Vital statistics of India. Vol. VI, European troops 1870-79
Year: 1870
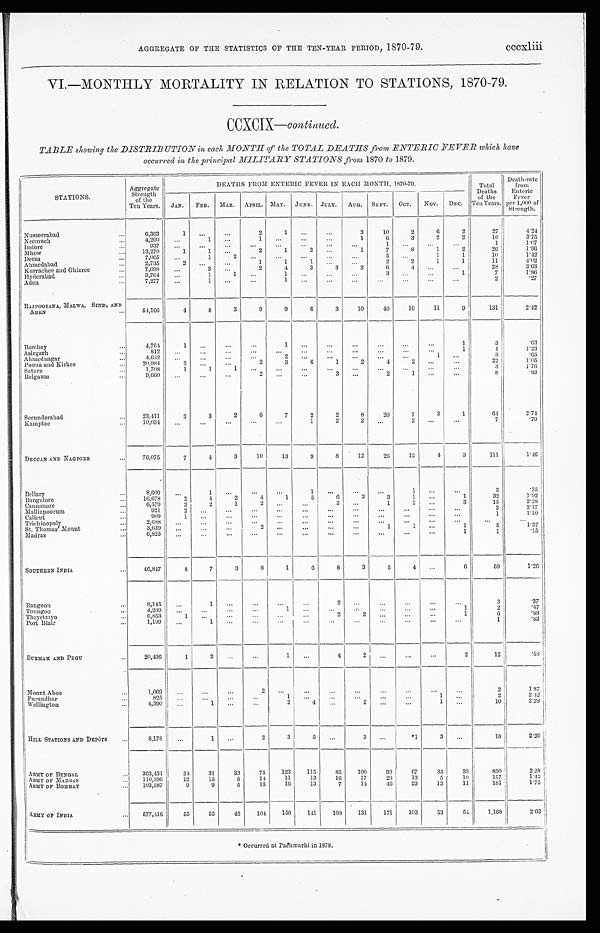
AGGREGATE OF THE STATISTICS OF THE TEN-YEAR PERIOD, 1870-79. cccxliii
VI.—MONTHLY MORTALITY IN RELATION TO STATIONS, 1870-79.
CCXCIX— continued.
TABLE showing the DISTRIBUTION in each MONTH of the TOTAL DEATHS from ENTERIC FEVER which have
occurred in the principal MILITARY STATIONS from 1870 to 1879.
STATIONS.
Aggregate
Strength
of the
Ten Years.
DEATHS FROM ENTERIC FEVER IN EACH MONTH, 1870-79.
Total
Deaths
of the
Ten Years.
Death-rate
from
Enteric
Fever
per 1,000 of
Strength.
JAN. FEB. MAR. APRIL. MAY. JUNE. JULY. AUG. SEPT. OCT. NOV. DEC.
Nusseerabad
...
6,363
1 . . .
...
2
1 ...
...
3
10
2
6
2
27
4.24
Neemuch
...
4,260
. . . 1
. . .
1
. . .
. . .
. . .
1
6
3
2
2
16
3.75
Indore
...
937 ...
...
. . .
. . .
. . .
. . .
. . .
. . .
1
. . .
. . .
...
1
1.07
Mhow
. . . 13,270
1
1
. . .
2
1
2
. . .
1
7
8
1
2
2 6
1 . 9 6
Deesa
...
7,065
. . . 1
2
. . . ...
...
. . . ...
5
. . .
1
1
10
1.42
Ahmedabad
. . .
2,735
2 ...
. . .
1
1
1
. . .
. . .
2
2
1
1
11
4.02
Kurrachee and Ghizree
...
7,698 ...
3
. . .
2
4
3
3
3
6
4
. . .
. . .
28
3.63
Hyderabad
. . .
3,764 ...
1
1
. . .
1
. . . ...
. . .
3
. . .
. . .
1
7
1.86
Aden
. . .
7,277 ... 1
. . .
...
1 ...
...
. . .
. . .
. . .
...
...
2
.27
RAJPOOTANA, MALWA, SIND, AND
ADEN ...
54,166
4
8
3
9
9
6
3
10
40
19
11
9
131
2.42
Bombay
...
4,764
1 ...
...
. . .
1 ...
...
...
...
...
...
1
3
.63
Asirgarh
. . .
812 ...
. . . ...
...
...
. . .
. . . ...
...
. . . ...
1
1
1.23
Ahmednagar
...
4,642 ...
. . . ...
. . .
2
. . .
. . .
. . .
. . . ...
1
. . .
3
.65
Poona and Kirkee
. . . 20,984
2
. . .
. . .
2
3
6
1
2
4
2
. . .
. . .
22
1.05
Satara
...
1,708
1
1
1
. . .
. . . ...
...
. . . ...
...
. . . ...
3
1 . 7 6
Belgaum
. . .
9,660
...
...
...
2
. . . ...
3
. . .
2
1
. . . ...
8
.83
Secunderabad
...
23,411
3
3
2
6
7
2
2
8
20
7
3
1
64
2.74
Kamptee
...
10,034
. . .
...
...
. . . ...
1
2
2
. . .
2
. . .
...
7
.70
DECCAN AND NAGPORE
...
76,075
7
4
3
10
13
9
8
12
26
12
4
3
111
1. 46
Bellary
...
8,609
. . .
1
. . .
. . .
...
1 ...
...
...
1 ...
...
3
.35
Bangalore
. . . 16,678
2
4
2
4
1
5
6
3
3
1 ...
1
32
1.92
Cannanore
...
6,579
3
2
1
2 ...
...
2 ...
1
1 ...
3
15
2 . 2 8
Malliapoorum
. . .
921
2 ...
. . .
...
. . . ...
...
. . . ...
...
. . . ...
2
2.17
Calicut
. . .
909
1 ...
...
...
...
. . .
. . .
. . .
. . .
. . .
. . .
. . .
1
1 . 1 0
Trichinopoly
. . .
2,688 ... ...
...
. . . ...
...
. . .
...
. . .
...
...
...
. . .
. . .
St. Thomas' Mount
...
3,639
. . . ...
. . .
2 ...
...
. . . ...
1
1 ...
1
5
1.37
Madras
6,825
. . .
...
...
...
...
. . .
...
...
...
...
. . .
1
1
. 1 5
SOUTHERN INDIA.
...
46,847
8
7
3
8
1
6 8
3
5
4 ...
6
59
1.26
Rangoon
. . .
8,145 ...
1
. . .
. . .
. . .
. . .
2
. . .
...
. . .
...
...
3
.37
Toungoo
. . .
4,299
. . . ...
. . . ...
1
. . .
...
. . .
. . . ...
. . .
1
2
. 4 7
Thayetmyo
. . .
6,853
1 ...
. . . ...
. . . ...
2
2
. . .
. . . ...
1
6
.88
Port Blair
...
1,199
...
1
. . .
...
...
. . .
...
...
. . .
...
...
...
1
. 8 3
BURMAH AND PEGU
...
20,496
1 2
. . . ...
1
. . .
4
2 ...
...
...
2
12
. 5
8
Mount Aboo
...
1,069 . . .
...
. . .
2
. . .
...
...
. . .
. . .
...
...
. . .
2
1.87
Purandhar
...
825 ...
...
. . .
. . .
1
. . .
. . . ...
. . .
. . .
1 ...
2
2 . 4 2
Wellington
. . .
4,390
. . .
1
. . .
...
2
4
. . .
2
. . .
...
1
. . .
10
2.28
HILL STATIONS AND DEPÔTS ...
8,178 ...
1
. . .
2
3
5
. . .
3
. . .
*1
3
. . .
1 8
2.20
ARMY OF BENGAL
... 363,431
34
31
33
75
123
115
85
100
99
67
35
33
830
2. 28
ARMY OF MADRAS
... 110,396
12
15
5
14
11
13
16
17
26
13
5
10
157
1.42
ARMY OF BOMBAY
... 103,587
9
9
5
15
16
13
7
14
46
23
13
11
181
1.75
ARMY OF INDIA
... 577,416
55
55
43
104 150
141
108 131
171
103
53
54 1,168
2.03
* Occurred at Pachmarhi in 1878.